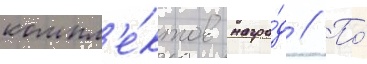
компл'е́ктов награ́д // По́